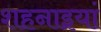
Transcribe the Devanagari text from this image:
शहनाइयां